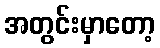
အတွင်းမှာတော့